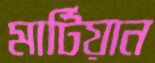
মার্টিয়ান